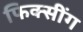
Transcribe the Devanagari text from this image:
फिक्सींग